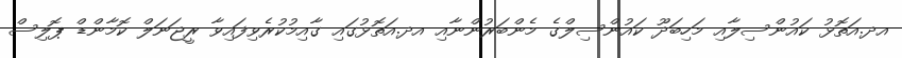
އދ.އަތޮޅު ކައުންސިލާއި މަހިބަދޫ ކައުންސިލްގެ މެންބަރުންނާއި އދ.އަތޮޅުގައި ގާއިމުކުރެވިފައިވާ ރީޖަނަލް ކޮމާންޑް ޕޮލިސް